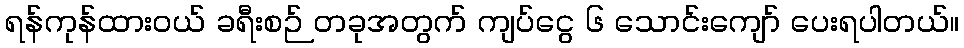
ရန်ကုန်ထားဝယ် ခရီးစဉ် တခုအတွက် ကျပ်ငွေ ၆ သောင်းကျော် ပေးရပါတယ်။